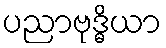
ပညာဗုဒ္ဓိယာ